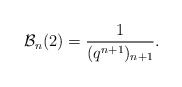
\begin{align*} \mathcal{B}_n(2) = \frac{1}{(q^{n+1})_{n+1}}.\end{align*}